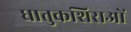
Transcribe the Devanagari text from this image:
धातुकशिराओं